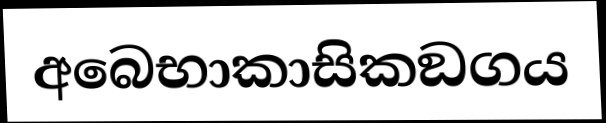
අබෙභාකාසිකඞගය